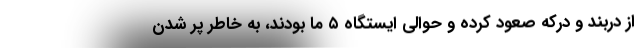
از دربند و درکه صعود کرده و حوالی ایستگاه ۵ ما بودند، به خاطر پر شدن